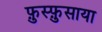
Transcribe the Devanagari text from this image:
फ़ुस्फ़ुसाया